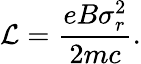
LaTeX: \mathcal{L}=\frac{eB\sigma_{r}^{2}}{2mc}.